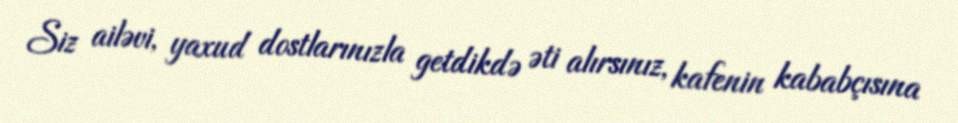
Siz ailəvi, yaxud dostlarınızla getdikdə əti alırsınız, kafenin kababçısına